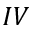
I V